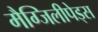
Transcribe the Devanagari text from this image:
मैग्जिलीपेड्स